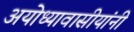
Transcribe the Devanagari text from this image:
अयोध्यावासीयांनी